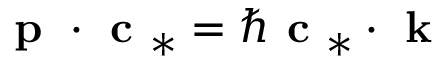
\textbf { p } \cdot \textbf { c } _ { * } = \hbar \textbf { c } _ { * } \cdot \textbf { k }